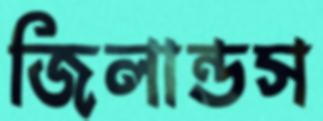
জিলান্ডস